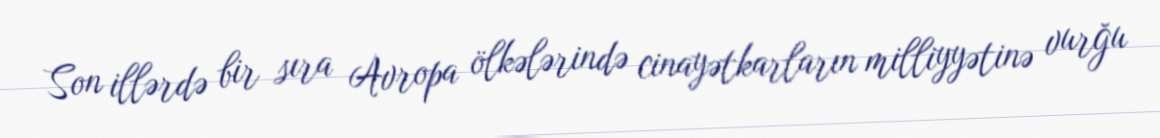
Son illərdə bir sıra Avropa ölkələrində cinayətkarların milliyyətinə vurğu